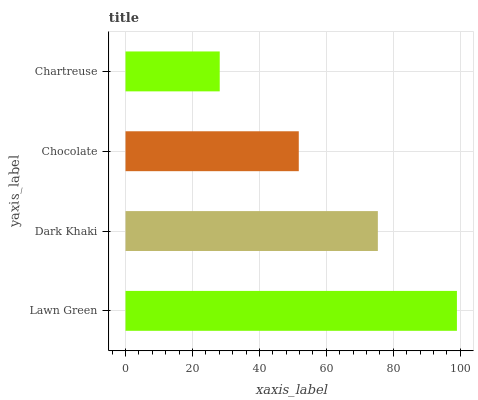
| yaxis_label | bars |
 | --- | --- |
 | Lawn Green | 99 |
 | Dark Khaki | 75.4 |
 | Chocolate | 51.8 |
 | Chartreuse | 28.1 |